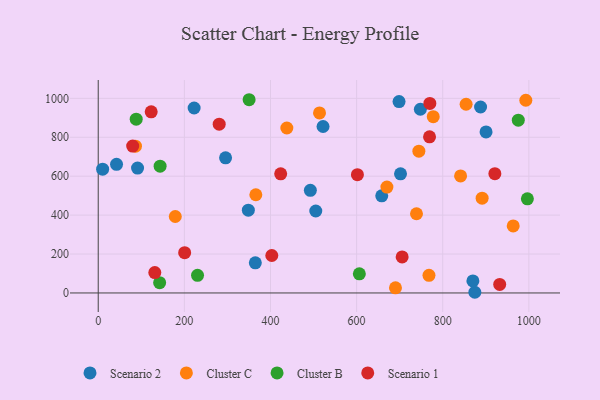
{"axis": {"x": "Study Hours", "y": "Yield"}, "legend": ["Cluster B", "Cluster C", "Scenario 1", "Scenario 2"], "data": [{"x": "91.3", "y": 641.8, "type": "Scenario 2"}, {"x": "348.6", "y": 425.6, "type": "Scenario 2"}, {"x": "658.4", "y": 499.1, "type": "Scenario 2"}, {"x": "492.6", "y": 527.6, "type": "Scenario 2"}, {"x": "887.9", "y": 955.5, "type": "Scenario 2"}, {"x": "364.8", "y": 154.7, "type": "Scenario 2"}, {"x": "702.0", "y": 611.9, "type": "Scenario 2"}, {"x": "522.1", "y": 855.2, "type": "Scenario 2"}, {"x": "42.5", "y": 660.9, "type": "Scenario 2"}, {"x": "900.6", "y": 827.3, "type": "Scenario 2"}, {"x": "874.6", "y": 3.5, "type": "Scenario 2"}, {"x": "10.2", "y": 635.8, "type": "Scenario 2"}, {"x": "698.6", "y": 983.6, "type": "Scenario 2"}, {"x": "748.1", "y": 944.0, "type": "Scenario 2"}, {"x": "870.1", "y": 61.6, "type": "Scenario 2"}, {"x": "222.7", "y": 950.4, "type": "Scenario 2"}, {"x": "505.2", "y": 421.0, "type": "Scenario 2"}, {"x": "295.7", "y": 694.6, "type": "Scenario 2"}, {"x": "778.0", "y": 905.8, "type": "Cluster C"}, {"x": "854.3", "y": 969.6, "type": "Cluster C"}, {"x": "513.9", "y": 924.9, "type": "Cluster C"}, {"x": "178.9", "y": 392.8, "type": "Cluster C"}, {"x": "739.1", "y": 407.1, "type": "Cluster C"}, {"x": "438.0", "y": 847.6, "type": "Cluster C"}, {"x": "891.5", "y": 487.1, "type": "Cluster C"}, {"x": "690.3", "y": 26.5, "type": "Cluster C"}, {"x": "86.5", "y": 754.0, "type": "Cluster C"}, {"x": "963.7", "y": 344.5, "type": "Cluster C"}, {"x": "768.1", "y": 90.7, "type": "Cluster C"}, {"x": "841.5", "y": 601.1, "type": "Cluster C"}, {"x": "670.4", "y": 544.1, "type": "Cluster C"}, {"x": "993.0", "y": 990.2, "type": "Cluster C"}, {"x": "744.6", "y": 728.4, "type": "Cluster C"}, {"x": "366.0", "y": 504.6, "type": "Cluster C"}, {"x": "142.6", "y": 52.6, "type": "Cluster B"}, {"x": "606.4", "y": 98.4, "type": "Cluster B"}, {"x": "143.7", "y": 651.6, "type": "Cluster B"}, {"x": "350.4", "y": 992.9, "type": "Cluster B"}, {"x": "975.5", "y": 887.9, "type": "Cluster B"}, {"x": "996.6", "y": 483.7, "type": "Cluster B"}, {"x": "88.2", "y": 893.0, "type": "Cluster B"}, {"x": "230.6", "y": 90.7, "type": "Cluster B"}, {"x": "131.4", "y": 104.7, "type": "Scenario 1"}, {"x": "123.0", "y": 930.9, "type": "Scenario 1"}, {"x": "601.9", "y": 607.7, "type": "Scenario 1"}, {"x": "200.7", "y": 206.9, "type": "Scenario 1"}, {"x": "80.0", "y": 754.5, "type": "Scenario 1"}, {"x": "705.8", "y": 185.0, "type": "Scenario 1"}, {"x": "769.4", "y": 802.4, "type": "Scenario 1"}, {"x": "403.1", "y": 192.4, "type": "Scenario 1"}, {"x": "770.1", "y": 973.7, "type": "Scenario 1"}, {"x": "921.1", "y": 612.7, "type": "Scenario 1"}, {"x": "932.3", "y": 43.9, "type": "Scenario 1"}, {"x": "423.7", "y": 612.2, "type": "Scenario 1"}, {"x": "280.9", "y": 867.3, "type": "Scenario 1"}]}